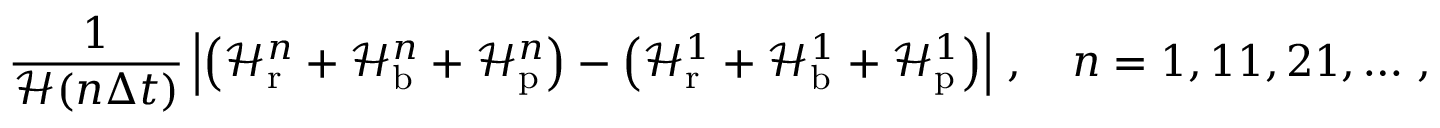
\frac { 1 } { \mathcal H ( n \Delta t ) } \left| \left( \mathcal H _ { \mathrm { r } } ^ { n } + \mathcal H _ { \mathrm { b } } ^ { n } + \mathcal H _ { \mathrm { p } } ^ { n } \right) - \left( \mathcal H _ { \mathrm { r } } ^ { 1 } + \mathcal H _ { \mathrm { b } } ^ { 1 } + \mathcal H _ { \mathrm { p } } ^ { 1 } \right) \right| \, , \quad n = 1 , 1 1 , 2 1 , \hdots \, ,